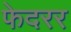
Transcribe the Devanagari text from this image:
फेदरर